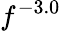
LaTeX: f^{-3.0}